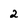
Character: 2